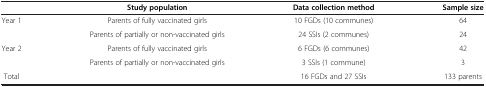
<table><thead><tr><td><b> </b></td><td><b>Study population</b></td><td><b>Data collection method</b></td><td><b>Sample size</b></td></tr></thead><tbody><tr><td rowspan="2">Year 1</td><td>Parents of fully vaccinated girls</td><td>10 FGDs (10 communes)</td><td>64</td></tr><tr><td>Parents of partially or non-vaccinated girls</td><td>24 SSIs (2 communes)</td><td>24</td></tr><tr><td rowspan="2">Year 2</td><td>Parents of fully vaccinated girls</td><td>6 FGDs (6 communes)</td><td>42</td></tr><tr><td>Parents of partially or non-vaccinated girls</td><td>3 SSIs (1 commune)</td><td>3</td></tr><tr><td>Total</td><td> </td><td>16 FGDs and 27 SSIs</td><td>133 parents</td></tr></tbody></table>